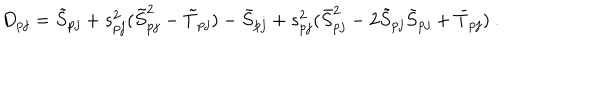
D _ { p j } = \tilde { S } _ { p j } + s _ { p j } ^ { 2 } ( \tilde { S } _ { p j } ^ { 2 } - \tilde { T } _ { p j } ) - \bar { S } _ { p j } + s _ { p j } ^ { 2 } ( \bar { S } _ { p j } ^ { 2 } - 2 \tilde { S } _ { p j } \bar { S } _ { p j } + \bar { T } _ { p j } ) \ .